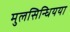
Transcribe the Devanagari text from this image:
मुलसिन्धियया